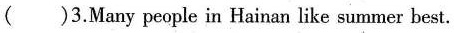
( )3.Many people in Hainan like summer best.